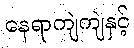
နေရာကျဲကျဲနှင့်